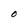
Character: O